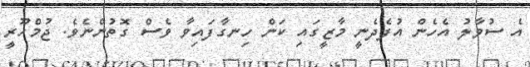
އެ ސުވާލު އެހެން އުފެދެނީ މާޒީގައި ކަން ހިނގާފައިވާ ވެސް ގޮތުންނެވެ. ޖުމްހޫރީ